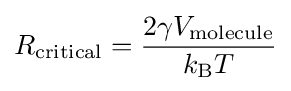
R_{\rm {critical}}={\frac {2\gamma V_{\rm {molecule}}}{k_{\rm {B}}T}}